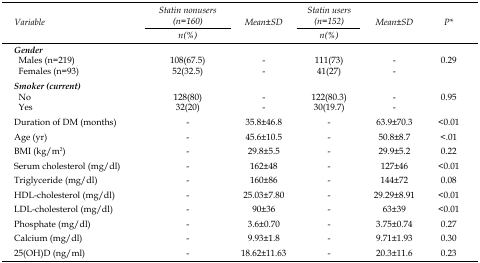
| <ROWSPAN=3> Variable | Statin nonusers (n=160) | <ROWSPAN=3> Mean±SD | Statin users (n=152) | <ROWSPAN=3> Mean±SD | <ROWSPAN=3> P* |
 | n(%) | n(%) |
 | --- | --- | --- | --- | --- | --- |
 | Gender |  |  |  |  |  |
 | Males (n=219) | 108(67.5) | - | 111(73) | - | 0.29 |
 | Females (n=93) | 52(32.5) | - | 41(27) | - |  |
 | Smoker (current) |  |  |  |  |  |
 | No | 128(80) | - | 122(80.3) | - | 0.95 |
 | Yes | 32(20) | - | 30(19.7) | - |  |
 | Duration of DM (months) | - | 35.8±46.8 | - | 63.9±70.3 | <0.01 |
 | Age (yr) | - | 45.6±10.5 | - | 50.8±8.7 | <.01 |
 | BMI (kg/m2) | - | 29.8±5.5 | - | 29.9±5.2 | 0.22 |
 | Serum cholesterol (mg/dl) | - | 162±48 | - | 127±46 | <0.01 |
 | Triglyceride (mg/dl) | - | 160±86 | - | 144±72 | 0.08 |
 | HDL-cholesterol (mg/dl) | - | 25.03±7.80 | - | 29.29±8.91 | <0.01 |
 | LDL-cholesterol (mg/dl) | - | 90±36 | - | 63±39 | <0.01 |
 | Phosphate (mg/dl) | - | 3.6±0.70 | - | 3.75±0.74 | 0.27 |
 | Calcium (mg/dl) | - | 9.93±1.8 | - | 9.71±1.93 | 0.30 |
 | 25(OH)D (ng/ml) | - | 18.62±11.63 | - | 20.3±11.6 | 0.23 |